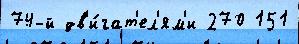
74-й дв'и́гат'ел'ям'и 270 151